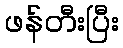
ဖန်တီးပြီး